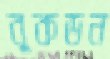
বুকডন